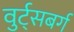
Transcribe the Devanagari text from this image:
वुर्ट्‌सबर्ग